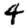
Digit: 4